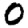
Digit: 0